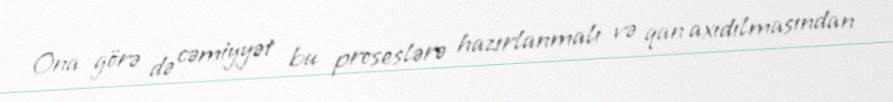
Ona görə də cəmiyyət bu proseslərə hazırlanmalı və qan axıdılmasından